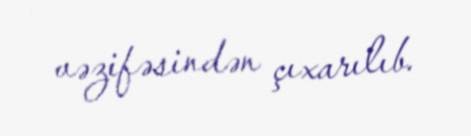
vəzifəsindən çıxarılıb.